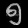
Digit: ၅